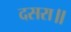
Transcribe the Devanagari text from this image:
दसरा॥